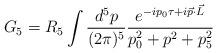
LaTeX: \begin{align*}G_5=R_5 \int \frac{d^5p}{(2\pi)^5}\frac{e^{-ip_0\tau +i\vec p \cdot \vec L}}{p_0^2+p^2+p_5^2}\end{align*}